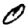
Digit: 0